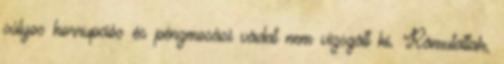
súlyos korrupciós és pénzmosási vádat nem vizsgált ki. Rámutattak,